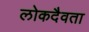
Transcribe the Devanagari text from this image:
लोकदैवता